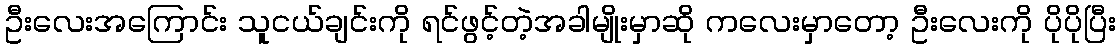
ဦးလေးအကြောင်း သူငယ်ချင်းကို ရင်ဖွင့်တဲ့အခါမျိုးမှာဆို ကလေးမှာတော့ ဦးလေးကို ပိုပိုပြီး